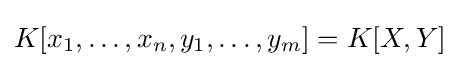
K[x_{1},\ldots ,x_{n},y_{1},\ldots ,y_{m}]=K[X,Y]